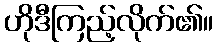
ဟိုဒီကြည့်လိုက်၏။